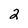
Character: 2